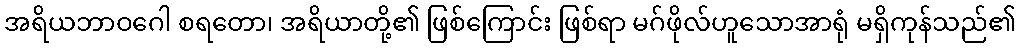
အရိယဘာဝဂေါ စရတော၊ အရိယာတို့၏ ဖြစ်ကြောင်း ဖြစ်ရာ မဂ်ဖိုလ်ဟူသောအာရုံ မရှိကုန်သည်၏